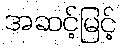
အဆင့်မြင့်